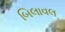
બિલાવલ